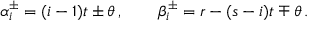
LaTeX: \alpha _ { i } ^ { \pm } = ( i - 1 ) t \pm \theta \, , \qquad \beta _ { i } ^ { \pm } = r - ( s - i ) t \mp \theta \, .